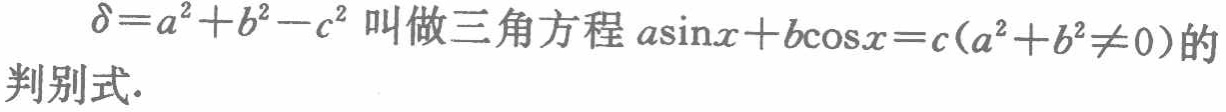
$\delta = a^{2}+b^{2}-c^{2}$叫做三角方程$a\sin x + b\cos x = c(a^{2}+b^{2}\neq 0)$的判别式.